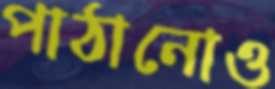
পাঠানোও